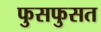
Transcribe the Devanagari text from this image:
फुसफुसत